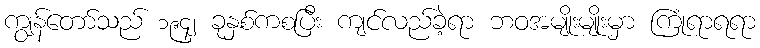
ကျွန်တော်သည် ၁၉၄၂ ခုနှစ်ကစပြီး ကျင်လည်ခဲ့ရာ ဘဝအမျိုးမျိုးမှာ ကြုံရာရရာ